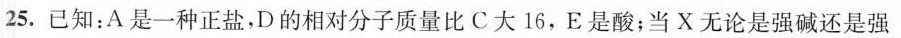
25. 已知：A是一种正盐，D的相对分子质量比C大16，E是酸；当X无论是强碱还是强